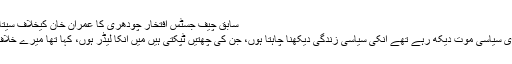
سابق چیف جسٹس افتخار چودھری کا عمران خان کیخلاف سیتا وائٹ کیس کھولنے کا اعلان
شیخ رشید کا کہنا تھا جو میری سیاسی موت دیکھ رہے تھے انکی سیاسی زندگی دیکھنا چاہتا ہوں، جن کی چھتیں ٹپکتی ہیں میں انکا لیڈر ہوں، کہا تھا میرے خلاف فیصلہ آیا تو قبول کروں گا۔